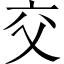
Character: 交